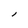
Character: l